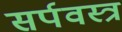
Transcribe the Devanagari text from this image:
सर्पवस्त्र